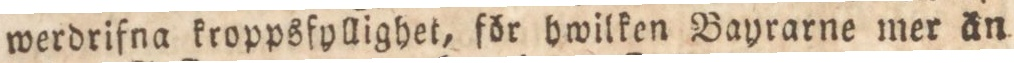
werdrifna kroppsfyllighet, för hwilken Bayrarne mer än